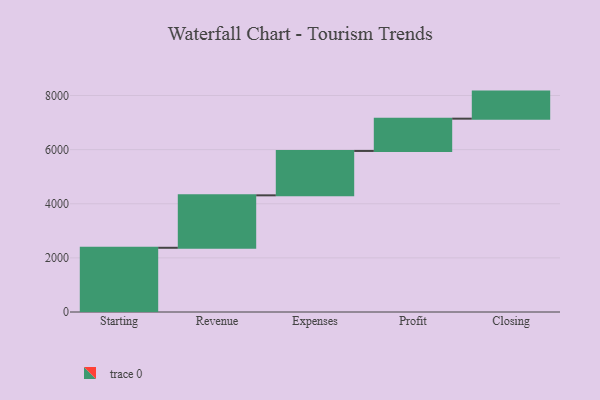
{"axis": {"x": "Step", "y": "Value"}, "legend": [""], "data": [{"x": "Starting", "y": 2373.0, "type": ""}, {"x": "Revenue", "y": 1938.0, "type": ""}, {"x": "Expenses", "y": 1640.0, "type": ""}, {"x": "Profit", "y": 1193.0, "type": ""}, {"x": "Closing", "y": 1000, "type": ""}]}